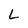
Character: L